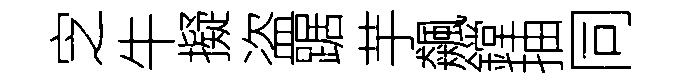
㝎牛擬盗踞芋飆鏜抽同